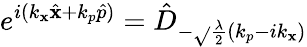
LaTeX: e^{i(k_{\mathbf{x}}\hat{{\mathbf{x}}}+k_{p}\hat{{p}})}=\hat{{D}}_{-\sqrt{}{{\frac{{\lambda}}{{2}}}}(k_{p}-ik_{\mathbf{x}})}